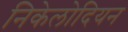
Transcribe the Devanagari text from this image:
निकेलोदियन